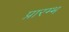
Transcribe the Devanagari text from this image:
प्रारम्भ